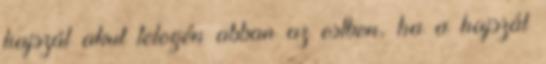
hajszál akut telogén abban az estben, ha a hajszál